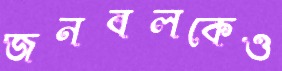
জনবলকেও